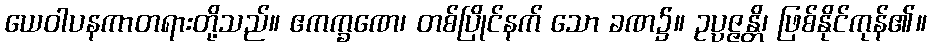
ယေဝါပနကာတရားတို့သည်။ ဧကက္ခဏေ၊ တစ်ပြိုင်နက် သော ခဏ၌။ ဥပ္ပဇ္ဇန္တိ၊ ဖြစ်နိုင်ကုန်၏။